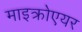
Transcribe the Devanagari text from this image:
माइक्रोएयर